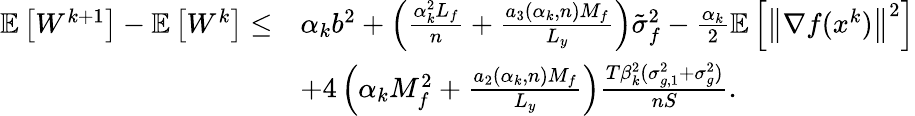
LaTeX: \begin{array}{rl}{\mathbb{E}\left[W^{k+1}\right]-\mathbb{E}\left[W^{k}\right]\leq}&{\alpha_{k}b^{2}+\left(\frac{\alpha_{k}^{2}L_{f}}{n}+\frac{a_{3}(\alpha_{k},n)M_{f}}{L_{y}}\right)\tilde{\sigma}_{f}^{2}-\frac{\alpha_{k}}{2}\mathbb{E}\left[\left\| \nabla f(x^{k})\right\| ^{2}\right]}\\ &{+4\left(\alpha_{k}M_{f}^{2}+\frac{a_{2}(\alpha_{k},n)M_{f}}{L_{y}}\right)\frac{T\beta_{k}^{2}(\sigma_{g,1}^{2}+\sigma_{g}^{2})}{n{S}}.}\end{array}